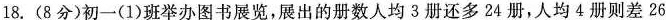
18.(8分)初一(1)班举办图书展览，展出的册数人均3册还多24册，人均4册则差26